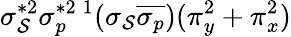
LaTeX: \sigma_{\mathcal{S}}^{*2}\sigma_{p}^{*2}{}\, ^{1}(\sigma_{\mathcal{S}}\overline{{{\sigma_{p}}}})(\pi_{y}^{2}+\pi_{x}^{2})